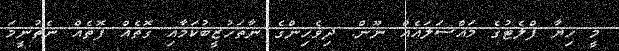
މީ ހިޔާ ފްލެޓުގެ މައްސަލައެއް ނޫން. ދިވެހިންގެ ނާތަހުޒީބުކަމާއި ގޮތެއް ފޮތެއް ނެތުނީމަ